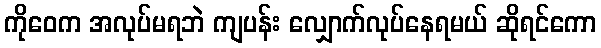
ကိုဝေက အလုပ်မရဘဲ ကျပန်း လျှောက်လုပ်နေရမယ် ဆိုရင်ကော